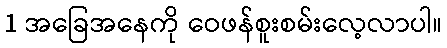
1 အခြေအနေကို ဝေဖန်စူးစမ်းလေ့လာပါ။